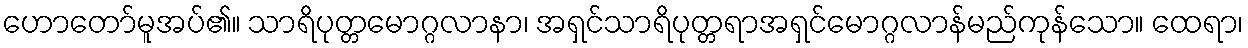
ဟောတော်မူအပ်၏။ သာရိပုတ္တမောဂ္ဂလာနာ၊ အရှင်သာရိပုတ္တရာအရှင်မောဂ္ဂလာန်မည်ကုန်သော။ ထေရာ၊